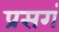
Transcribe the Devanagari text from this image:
प्रसगं